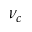
\nu _ { c }